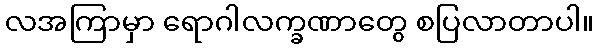
လအကြာမှာ ရောဂါလက္ခဏာတွေ စပြလာတာပါ။